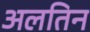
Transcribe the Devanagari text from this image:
अलतिन